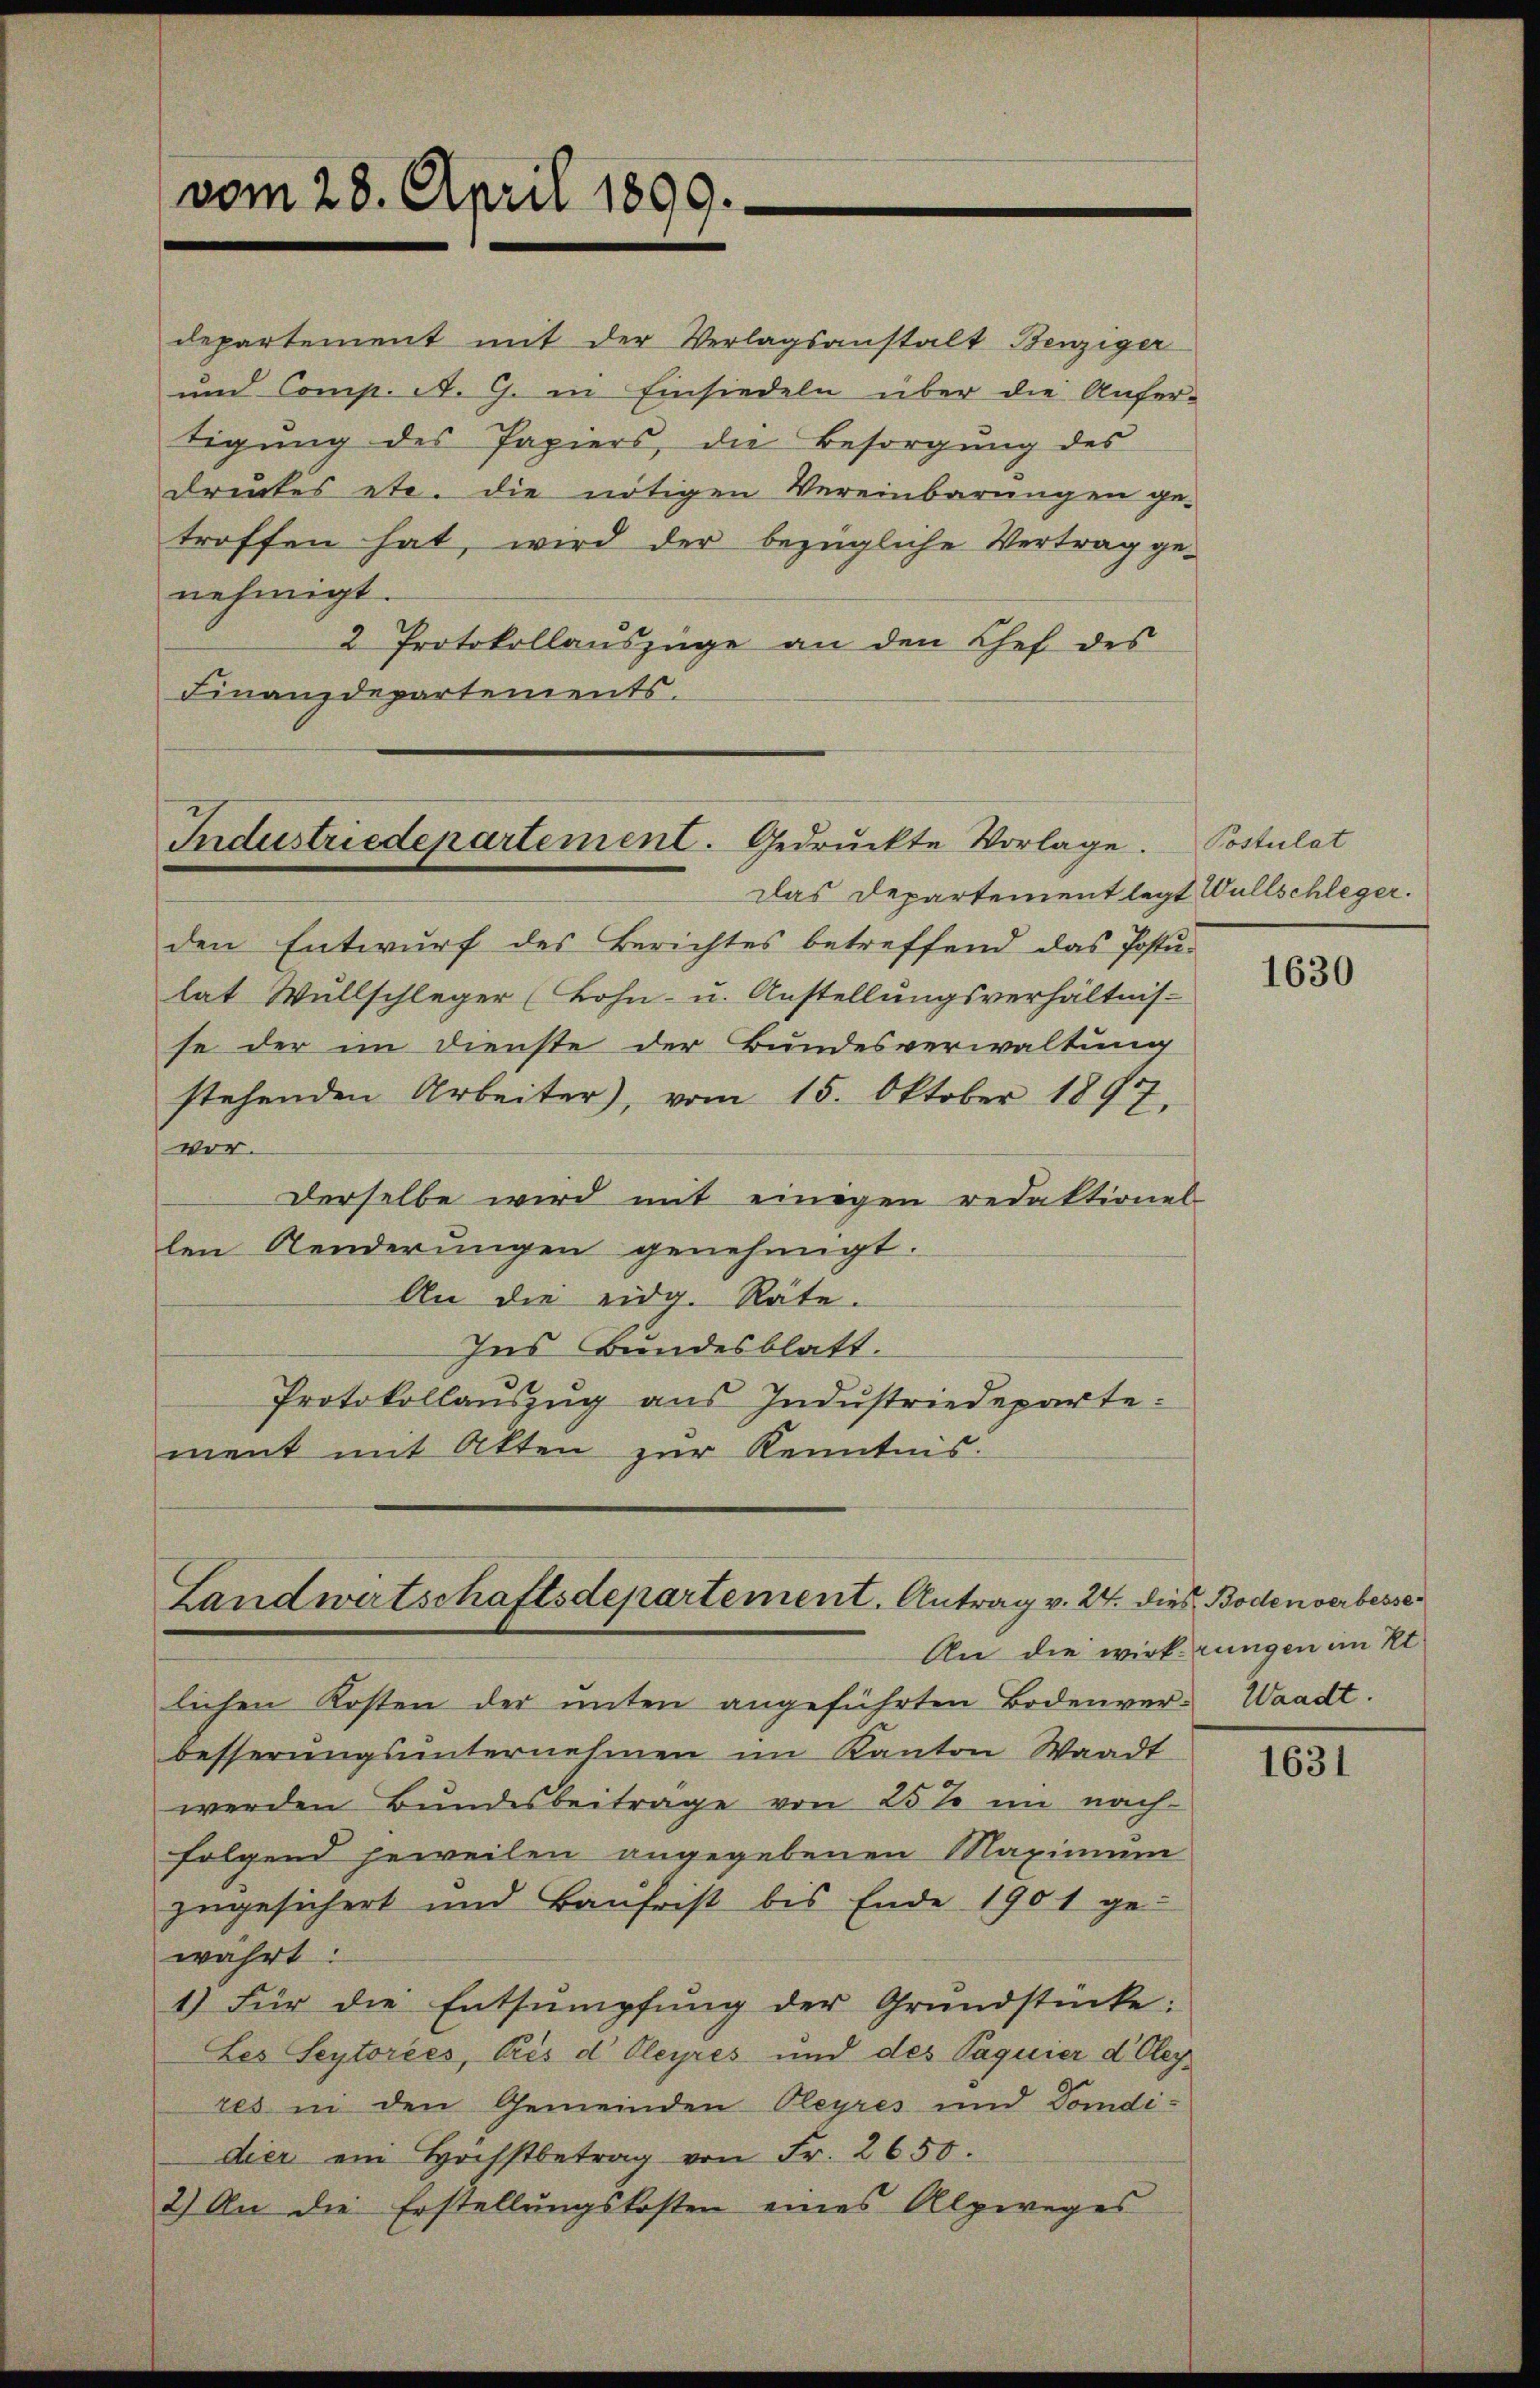
vom 28. April 1899.

departement mit der Verlagsanstalt Benziger
und Comp. A. G. in Einsiedeln über die Anfer-
tigŭng des Papiers, die Besorgŭng des
druckes etc. die nötigen Vereinbarungen ge-
troffen hat, wird der bezügliche Vertrag ge-
nehmigt.
2 Protokollauszüge an den Chef des
Finanzdepartements.

Industriedepartement. Gedruckte Vorlage.
Das Departement legt Willschleger.

Landwirtschaftsdepartement. Antrag v. 24. dies Bodenverbesse

den Entwurf des Berichtes betreffend das Postu-
lat Wüllschleger (Lohn- u. Anstellŭngsverhältnis-
se der im Dienste der Bundesverwaltung
stehenden Arbeiter, vom 15. Oktober 1897,
vor.
Derselbe wird mit einigen redaktionel
len Aenderŭngen genehmigt.
An die eidg. Räte.
Ins Bundesblatt.
Protokollauszug aus Industriedepartement mit Akten zur Kenntnis:

Postulat

lichen Kosten der unten angeführten Bodenver- Waadt.
besserungsunternehmen im Kanton Waadt
werden Bundesbeitrage von 25% im nach-
folgend jeweilen angegebenen Maximum
zugesichert und Baufrist bis Ende 1901 ge-
währt:
1) Für die Entsumpfŭng der Grŭndstücke:
Les Seytorées, bis d Oleyres und des Paquier d Oleyres in den Gemeinden Pleyres und Domdidier ein Höchstbetrag von Fr. 2650.
2) An die Erstellŭngskosten eines Alpweges

1630

An die wirkungen im Kt.

1631